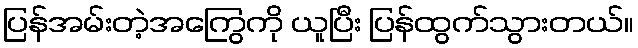
ပြန်အမ်းတဲ့အကြွေကို ယူပြီး ပြန်ထွက်သွားတယ်။